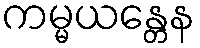
ကမ္မယန္တေန